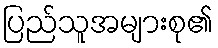
ပြည်သူအများစု၏